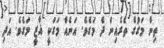
ތިން މަގުގެ ތެރެއިން ދެ މަގެވެ. އަނެއް މަގަކީ ޣާޒީ މަގެވެ. އަދި